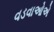
વડવાઓએ